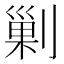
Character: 剿